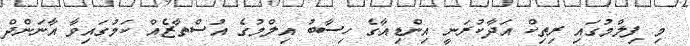
މި ފިލްމުގައި ރިތިކް އަދާކުރަނީ އިންޑިއާގެ ހިސާބު އިލްމުގެ އުސްތާޒެއް ކަމުގައިވާ އާނަންދް